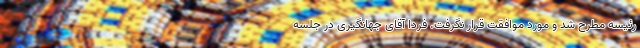
رئیسه مطرح شد و مورد موافقت قرار نگرفت. فردا آقای جهانگیری در جلسه